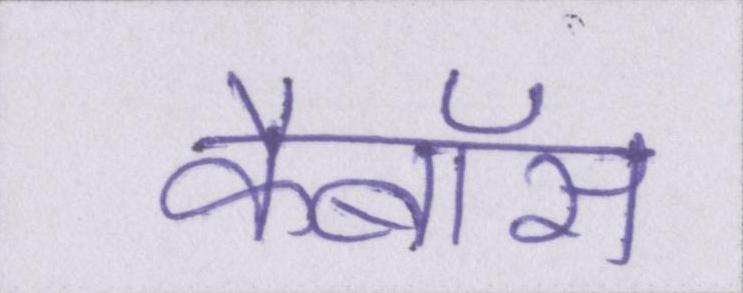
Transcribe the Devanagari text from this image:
कैबॉस